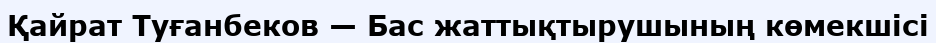
Қайрат Туғанбеков — Бас жаттықтырушының көмекшісі